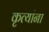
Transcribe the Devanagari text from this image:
कृत्यांना